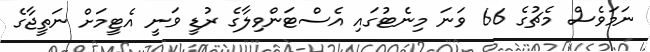
ނަމަވެސް މެޗުގެ 66 ވަނަ މިނެޓުގައި އެސްޓަންވިލާގެ ރުޑީ ވަނީ އެޓީމަށް ނަތީޖާގެ